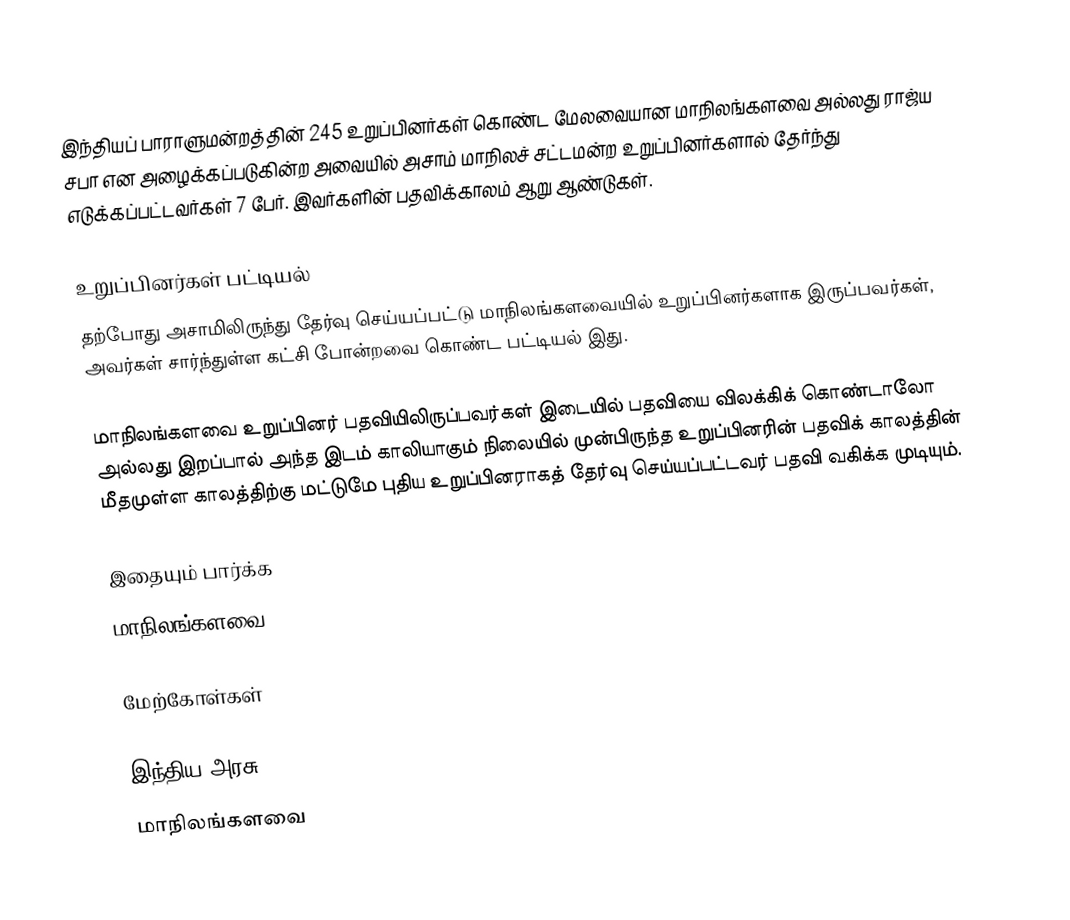
இந்தியப் பாராளுமன்றத்தின் 245 உறுப்பினர்கள் கொண்ட மேலவையான மாநிலங்களவை அல்லது ராஜ்ய சபா  என அழைக்கப்படுகின்ற அவையில் அசாம் மாநிலச் சட்டமன்ற உறுப்பினர்களால் தேர்ந்து எடுக்கப்பட்டவர்கள் 7 பேர். இவர்களின் பதவிக்காலம் ஆறு ஆண்டுகள்.

உறுப்பினர்கள் பட்டியல்
தற்போது அசாமிலிருந்து தேர்வு செய்யப்பட்டு மாநிலங்களவையில் உறுப்பினர்களாக இருப்பவர்கள், அவர்கள் சார்ந்துள்ள கட்சி போன்றவை கொண்ட பட்டியல் இது.

 மாநிலங்களவை உறுப்பினர் பதவியிலிருப்பவர்கள் இடையில் பதவியை விலக்கிக் கொண்டாலோ அல்லது இறப்பால் அந்த இடம் காலியாகும் நிலையில் முன்பிருந்த உறுப்பினரின் பதவிக் காலத்தின் மீதமுள்ள காலத்திற்கு மட்டுமே புதிய உறுப்பினராகத் தேர்வு செய்யப்பட்டவர் பதவி வகிக்க முடியும்.

இதையும் பார்க்க
மாநிலங்களவை

மேற்கோள்கள்

இந்திய அரசு
மாநிலங்களவை